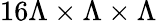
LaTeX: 16\Lambda\times\Lambda\times\Lambda